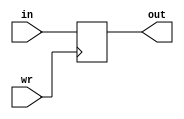
//checked - OK
module ACC_unit(
	input wire [7:0] in,
	output reg [7:0] out,
	input wire wr
);

always @(negedge wr)
begin
	out <= in;
end

endmodule